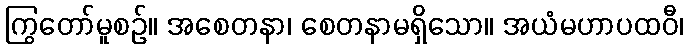
ကြွတော်မူစဉ်။ အစေတနာ၊ စေတနာမရှိသော။ အယံမဟာပထဝီ၊